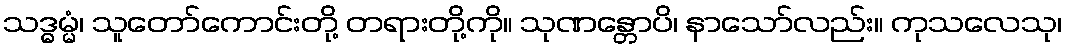
သဒ္ဓမ္မံ၊ သူတော်ကောင်းတို့ တရားတို့ကို။ သုဏန္တောပိ၊ နာသော်လည်း။ ကုသလေသု၊